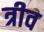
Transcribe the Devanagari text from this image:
त्रीव